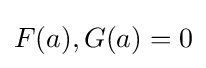
F(a),G(a)=0